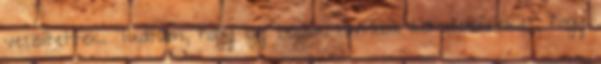
veszítettek. Tudtam, hogy így teszik hintába az ellenfeleiket, hogy